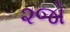
૨જો